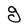
Character: g